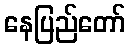
နေပြည်တော်